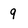
Character: 9